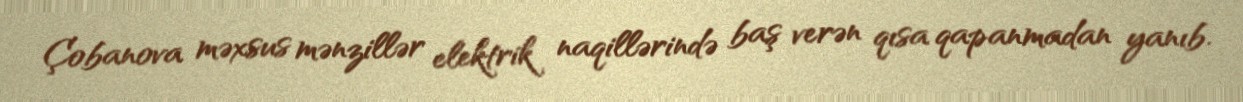
Çobanova məxsus mənzillər elektrik naqillərində baş verən qısa qapanmadan yanıb.